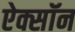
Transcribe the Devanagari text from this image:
ऐक्सॉन